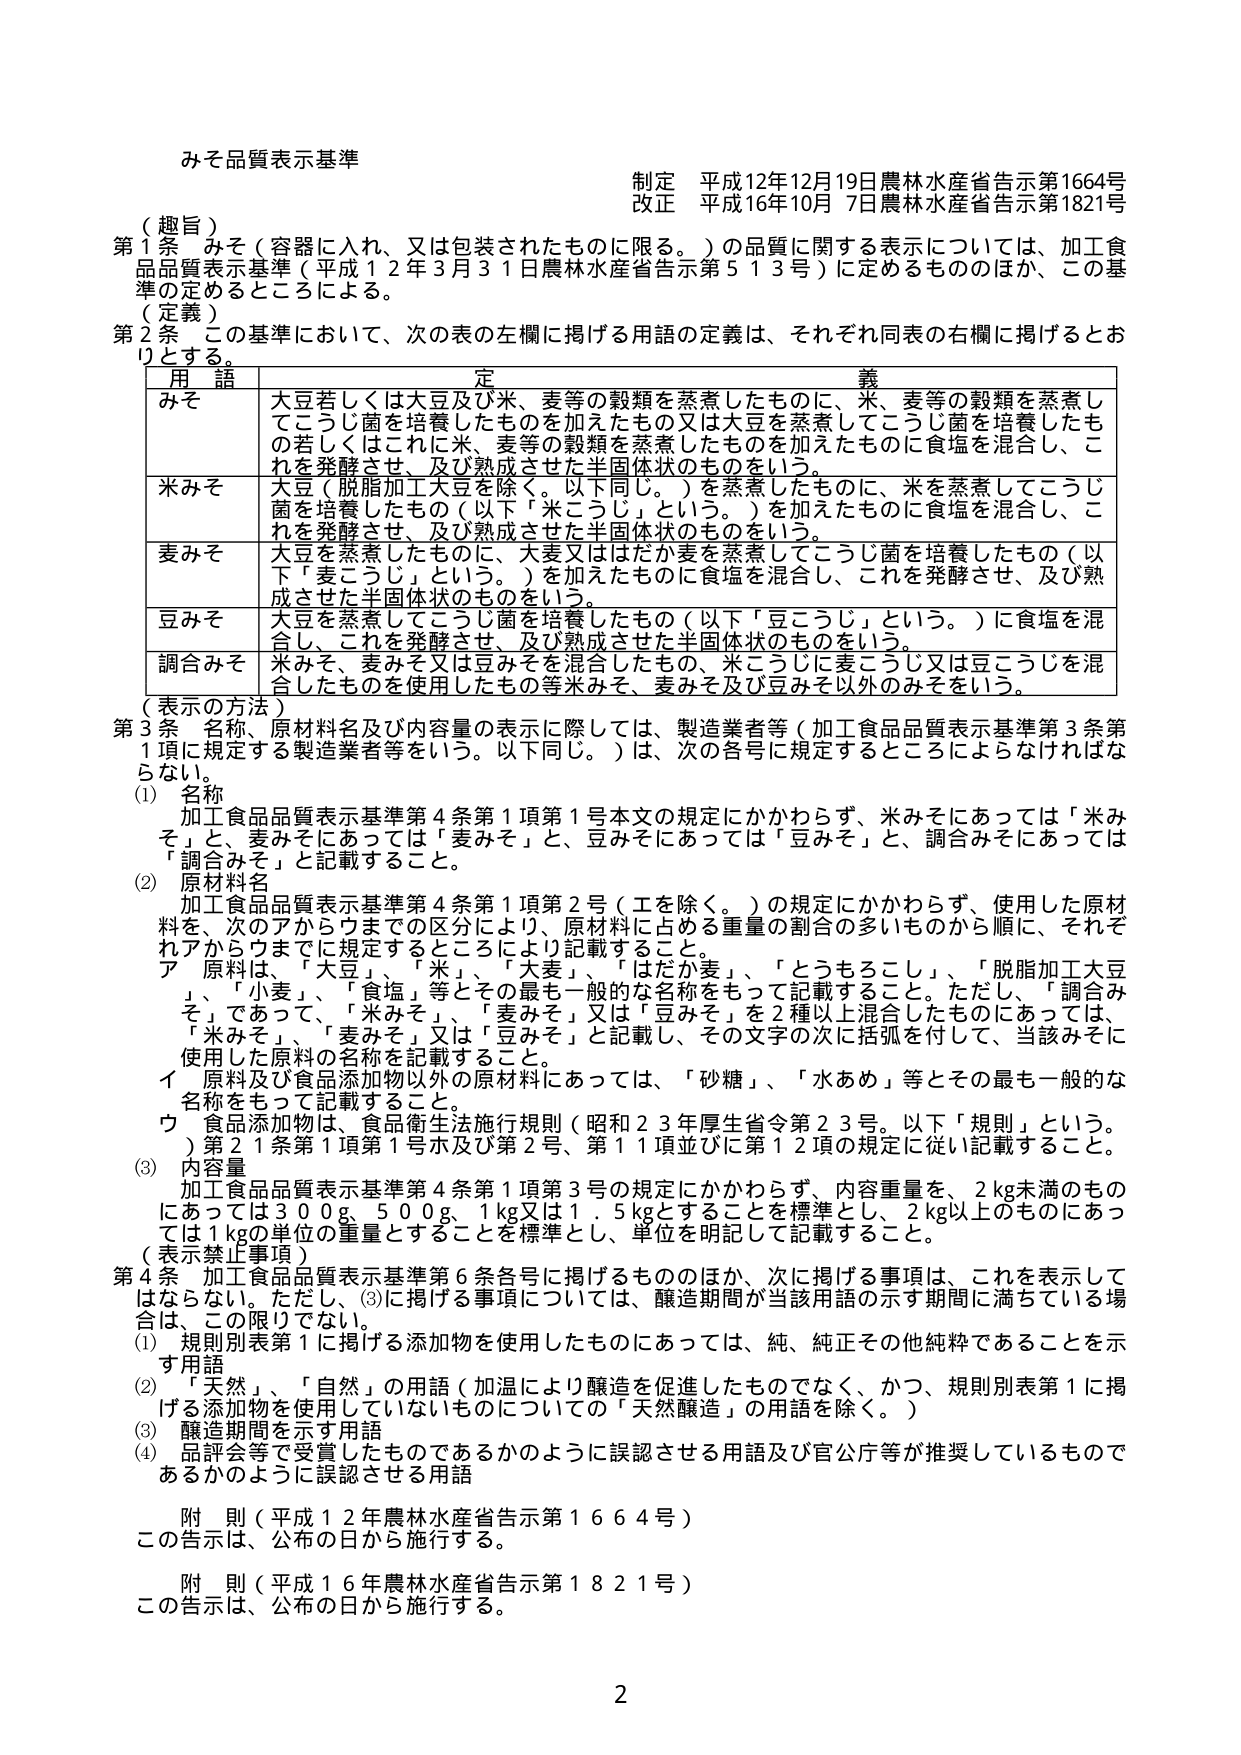
みそ品質表示基準

制定 平成12年12月19日農林水産省告示第1664号
改正 平成16年10月7日農林水産省告示第1821号

（趣旨）
第1条 みそ（容器に入れ、又は包装されたものに限る。）の品質に関する表示については、加工食品品質表示基準（平成12年3月31日農林水産省告示第513号）に定めるもののほか、この基準の定めるところによる。

（定義）
第2条 この基準において、次の表の左欄に掲げる用語の定義は、それぞれ同表の右欄に掲げるとおりとする。

| 用語 | 定義 |
|------|------|
| みそ | 大豆若しくは大豆及び米、麦等の穀類を蒸煮したものに、米、麦等の穀類を蒸煮してこうじ菌を培養したものを加えたもの又は大豆を蒸煮してこうじ菌を培養したものの若しくはこれに米、麦等の穀類を蒸煮したものを加えたものに食塩を混合し、これを発酵させ、及び熟成させた半固体状のものをいう。 |
| 米みそ | 大豆（脱脂加工大豆を除く。以下同じ。）を蒸煮したものに、米を蒸煮してこうじ菌を培養したもの（以下「米こうじ」という。）を加えたものに食塩を混合し、これを発酵させ、及び熟成させた半固体状のものをいう。 |
| 麦みそ | 大豆を蒸煮したものに、大麦又ははだか麦を蒸煮してこうじ菌を培養したもの（以下「麦こうじ」という。）を加えたものに食塩を混合し、これを発酵させ、及び熟成させた半固体状のものをいう。 |
| 豆みそ | 大豆を蒸煮してこうじ菌を培養したもの（以下「豆こうじ」という。）に食塩を混合し、これを発酵させ、及び熟成させた半固体状のものをいう。 |
| 調合みそ | 米みそ、麦みそ又は豆みそを混合したもの、米こうじに麦こうじ又は豆こうじを混合したものを使用したもの等米みそ、麦みそ及び豆みそ以外のみそをいう。 |

（表示の方法）
第3条 名称、原材料名及び内容量の表示に際しては、製造業者等（加工食品品質表示基準第3条第1項に規定する製造業者等をいう。以下同じ。）は、次の各号に規定するところによらなければならない。

(1) 名称
加工食品品質表示基準第4条第1項第1号本文の規定にかかわらず、米みそにあっては「米みそ」と、麦みそにあっては「麦みそ」と、豆みそにあっては「豆みそ」と、調合みそにあっては「調合みそ」と記載すること。

(2) 原材料名
加工食品品質表示基準第4条第1項第2号（工を除く。）の規定にかかわらず、使用した原材料を、次のアからウまででの区分により、原材料に占める重量の割合の多いものから順に、それぞれアからウまでに規定するところにより記載すること。
ア 原料は、「大豆」、「米」、「大麦」、「はだか麦」、「とうもろこし」、「脱脂加工大豆」、「小麦」、「食塩」等とその最も一般的な名称をもって記載すること。ただし、「調合みそ」であって、「米みそ」、「麦みそ」又は「豆みそ」を2種以上混合したものにあっては、「米みそ」、「麦みそ」又は「豆みそ」と記載し、その文字の次に括弧を付して、当該みそに使用した原料の名称を記載すること。
イ 原料及び食品添加物以外の原材料にあっては、「砂糖」、「水あめ」等とその最も一般的な名称をもって記載すること。
ウ 食品添加物は、食品衛生法施行規則（昭和23年厚生省令第23号。以下「規則」という。）第21条第1項第1号ホ及び第2号、第11項並びに第12項の規定に従い記載すること。

(3) 内容量
加工食品品質表示基準第4条第1項第3号の規定にかかわらず、内容重量を、2kg未満のものにあっては300g、500g、1kg又は1.5kgとすることを標準とし、2kg以上のものにあっては1kgの単位の重量とすることを標準とし、単位を明記して記載すること。

（表示禁止事項）
第4条 加工食品品質表示基準第6条各号に掲げるもののほか、次に掲げる事項は、これを表示してはならない。ただし、(3)に掲げる事項については、醸造期間が当該用語の示す期間に満ちている場合は、この限りでない。

(1) 規則別表第1に掲げる添加物を使用したものにあっては、純、純正その他純粋であることを示す用語
(2) 「天然」、「自然」の用語（加温により醸造を促進したものでなく、かつ、規則別表第1に掲げる添加物を使用していないものについての「天然醸造」の用語を除く。）
(3) 醸造期間を示す用語
(4) 品評会等で受賞したものであるかのように誤認させる用語及び官公庁等が推奨しているものであるかのように誤認させる用語

附則（平成12年農林水産省告示第1664号）
この告示は、公布の日から施行する。

附則（平成16年農林水産省告示第1821号）
この告示は、公布の日から施行する。

2